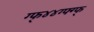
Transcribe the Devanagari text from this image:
ग्फ्४४ग्फ्ग्फ्